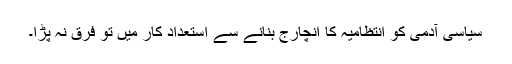
سیاسی آدمی کو انتظامیہ کا انچارج بنانے سے استعداد کار میں تو فرق نہ پڑا۔